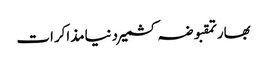
بھارتمقبوضہ کشمیردنیامذاکرات